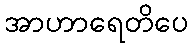
အာဟာရေတိပေ